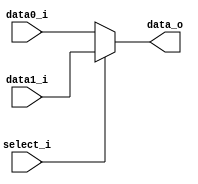
`timescale 1ns / 1ps
//////////////////////////////////////////////////////////////////////////////////
// Company: 
// Engineer: 
// 
// Design Name: 
// Module Name:    MUX_2to1 
// Project Name: 
// Target Devices: 
// Tool versions: 
// Description: 
//
// Dependencies: 
//
// Revision: 
// Revision 0.01 - File Created
// Additional Comments: 
//
//////////////////////////////////////////////////////////////////////////////////     
module MUX_2to1(
               data0_i,
               data1_i,
               select_i,
               data_o
               );

parameter size = 0;			   
			
//I/O ports               
input   [size-1:0] data0_i;          
input   [size-1:0] data1_i;
input              select_i;
output  [size-1:0] data_o; 

//Internal Signals
reg     [size-1:0] data_o;

//Main function
always @ (*)
  if(select_i) data_o <= data1_i;
  else data_o <= data0_i;

endmodule